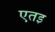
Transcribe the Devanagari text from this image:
एतइ